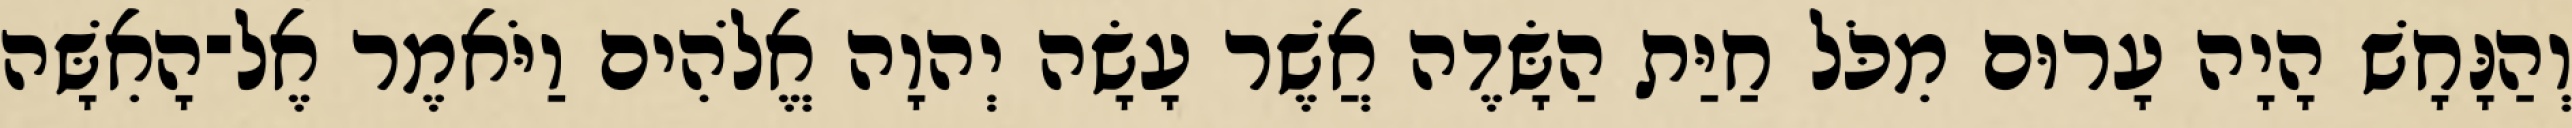
וְהַנָּחָשׁ הָיָה עָרוּם מִכֹּל חַיַּת הַשָּׂדֶה אֲשֶׁר עָשָׂה יְהוָה אֱלֹהִים וַיֹּאמֶר אֶל־הָאִשָּׁה